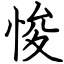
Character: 悛